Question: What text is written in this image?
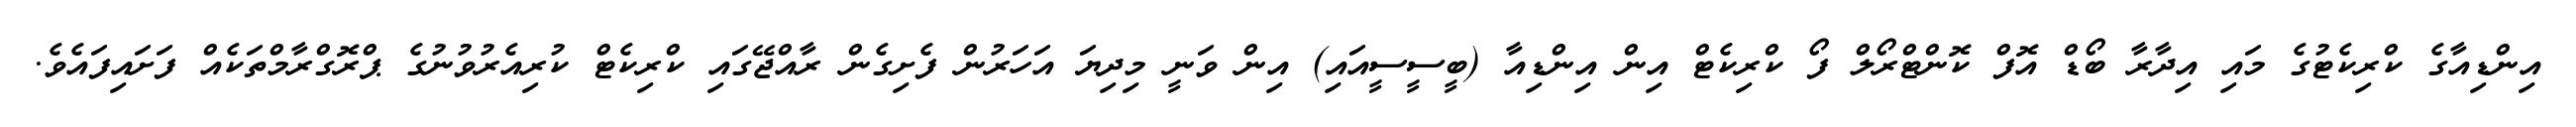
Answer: އިންޑިއާގެ ކްރިކެޓުގެ މައި އިދާރާ ބޯޑް އޮފް ކޮންޓްރޯލް ފޯ ކްރިކެޓް އިން އިންޑިއާ (ބީސީސީއައި) އިން ވަނީ މިދިޔަ އަހަރުން ފެށިގެން ރާއްޖޭގައި ކްރިކެޓް ކުރިއެރުވުނުގެ ޕްރޮގްރާމްތަކެއް ފަށައިފައެވެ.